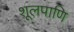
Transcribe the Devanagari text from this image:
शूलपाणि